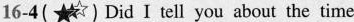
16-4( ★7)Did I tell you about the time